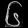
Digit: ၆